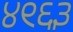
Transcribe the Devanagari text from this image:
४९६३